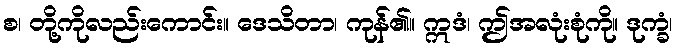
စ၊ တို့ကိုလည်းကောင်း။ ဒေသိတာ၊ ကုန်၏။ ဣဒံ၊ ဤအလုံးစုံကို။ ဒုက္ခံ၊